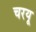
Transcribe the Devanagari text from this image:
चरयू